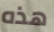
هذه